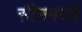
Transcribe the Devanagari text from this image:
सीनमध्ये